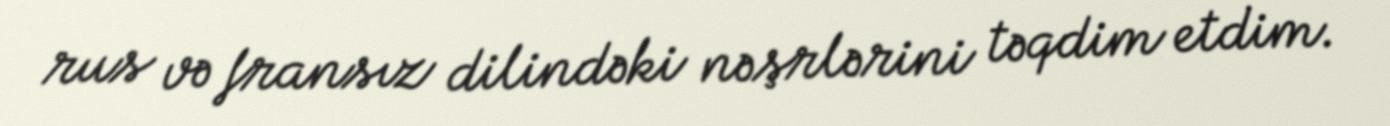
rus və fransız dilindəki nəşrlərini təqdim etdim.